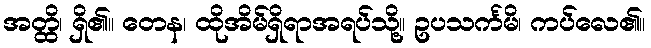
အတ္ထိ၊ ရှိ၏။ တေန၊ ထိုအိမ်ရှိရာအရပ်သို့။ ဥပသင်္ကမိ၊ ကပ်လေ၏။